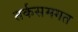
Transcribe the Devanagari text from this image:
तर्कसमगत